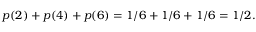
p ( 2 ) + p ( 4 ) + p ( 6 ) = 1 / 6 + 1 / 6 + 1 / 6 = 1 / 2 .